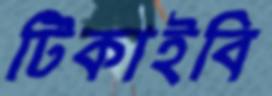
টিকাইবি